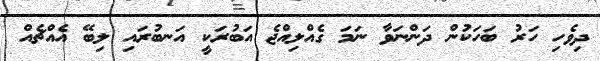
ދިވެހި ހަރު ބަހަކުން ދަންނަވާ ނަމަ ގެއްލިއްޖެ އަބުރަކީ އަނބުރައި ލިބޭ އެއްޗެއް